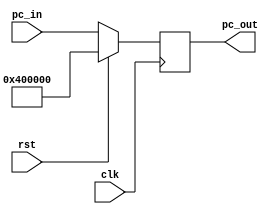
// Eric Sullivan
// 10/10/2019
// PC Counter

module programCounter(

	input clk,
	input rst,
	input [31:0] pc_in,
	output reg [31:0] pc_out);
	
	initial begin
	
		pc_out = 32'h003ffffc;
		
	end
	
	always@(posedge clk) begin
	
		if(rst == 1'b1) begin
		
			pc_out <= 32'h00400000;
			
		end
		
		else begin
		
			pc_out <= pc_in;
			
		end
		
	end
	
endmodule